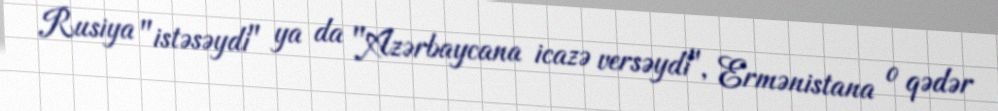
Rusiya "istəsəydi" ya da "Azərbaycana icazə versəydi", Ermənistana o qədər